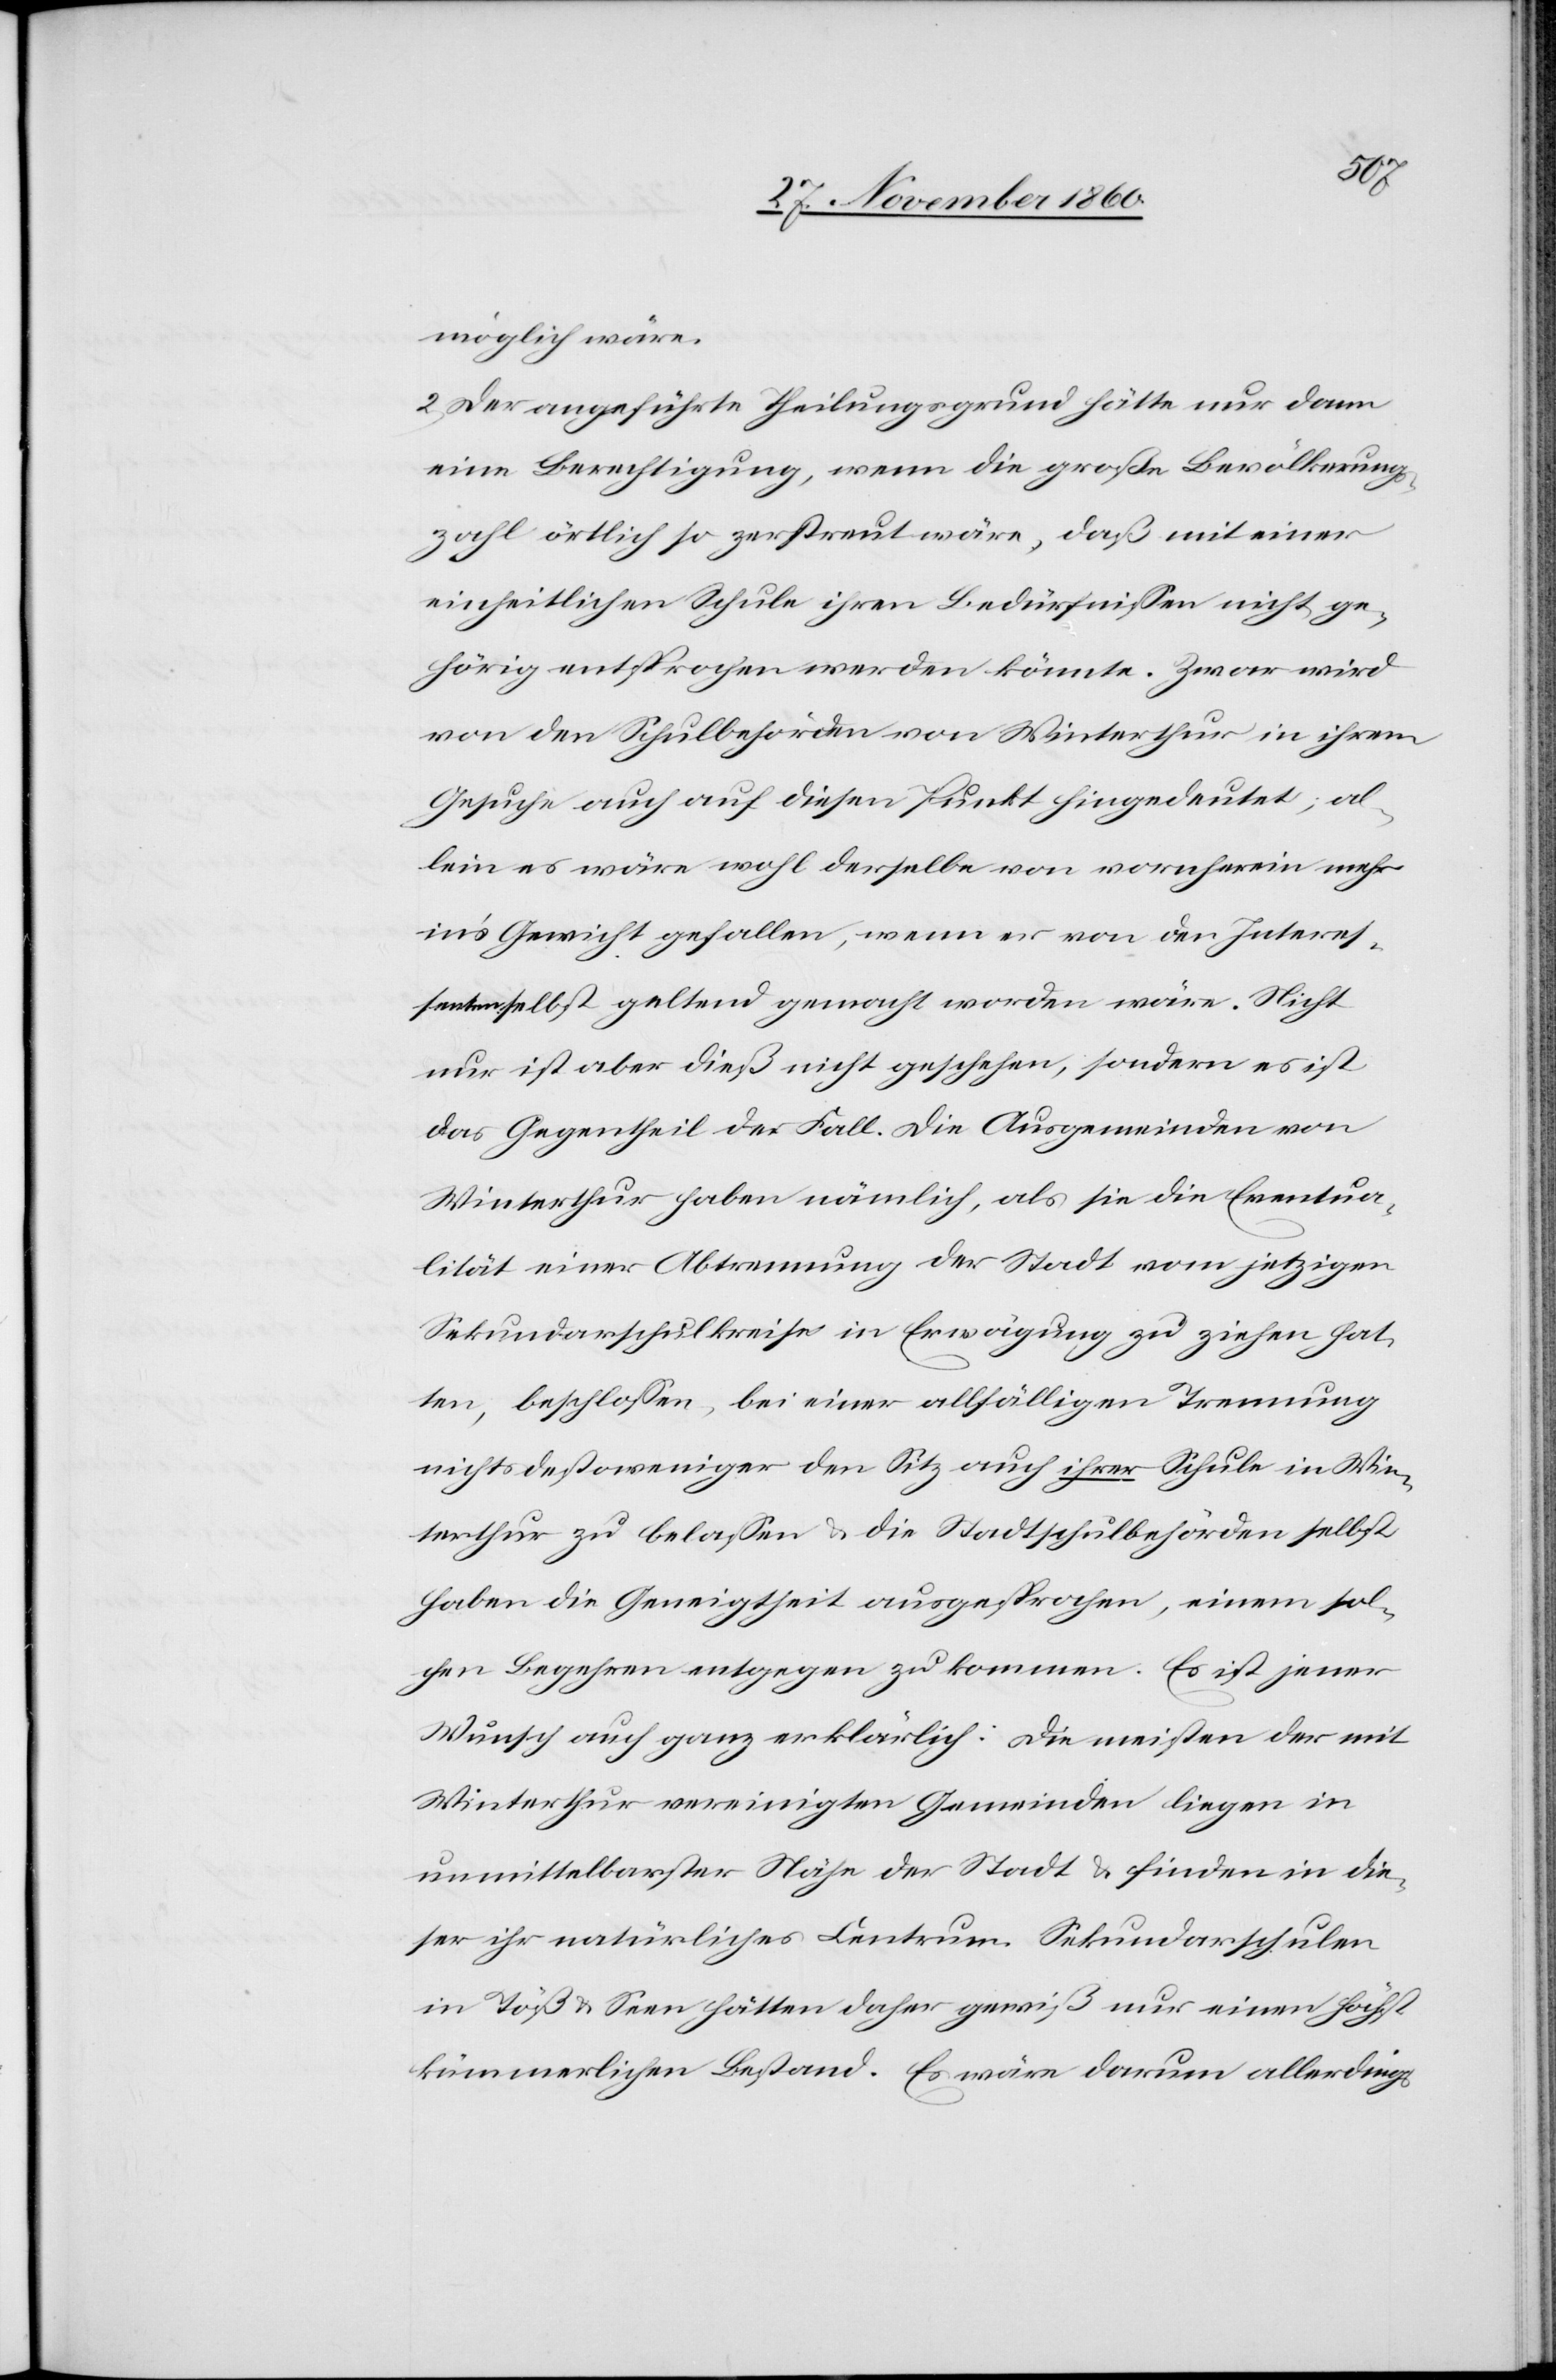
möglich wäre.
2. Der angeführte Theilungsgrund hätte nur dann
eine Berechtigung, wenn die große Bevölkerungs¬
zahl örtlich so zerstreut wäre, daß mit einer
einheitlichen Schule ihren Bedürfnissen nicht ge¬
hörig entsprochen werden könnte. Zwar wird
von den Schulbehörden von Winterthur in ihrem
Gesuche auch auf diesen Punkt hingedeutet; al¬
lein es wäre wohl derselbe von vornherein mehr
in’s Gewicht gefallen wenn er von den Interes¬
sen selbst geltend gemacht worden wäre. Nicht
nur ist aber dieß nicht geschehen, sondern es ist
das Gegentheil der Fall. Die Ausgemeinden von
Winterthur haben nämlich, als sie die Eventua¬
lität einer Abtrennung der Stadt vom jetzigen
Sekundarschulkreise in Erwägung zuziehen hat¬
ten, beschloßen, bei einer allfälligen Trennung
nichts destoweniger den Sitz auch ihrer Schule in Win¬
terthur zu belassen u. die Stadtschulbehörden selbst
haben die Geneigtheit ausgesprochen, einem sol¬
chen Begehren entgegen zu kommen. Es ist jener
Wunsch auch ganz erklärlich: Die meisten der mit
Winterthur vereinigten Gemeinden liegen in
unmittelbarster Nähe der Stadt u. finden in die¬
ser ihr natürliches Centrum. Sekundarschulen
in Töß u. Seen hätten daher gewiß nur einen höchst
kümmerlichen Bestand. Es wäre darum allerdings